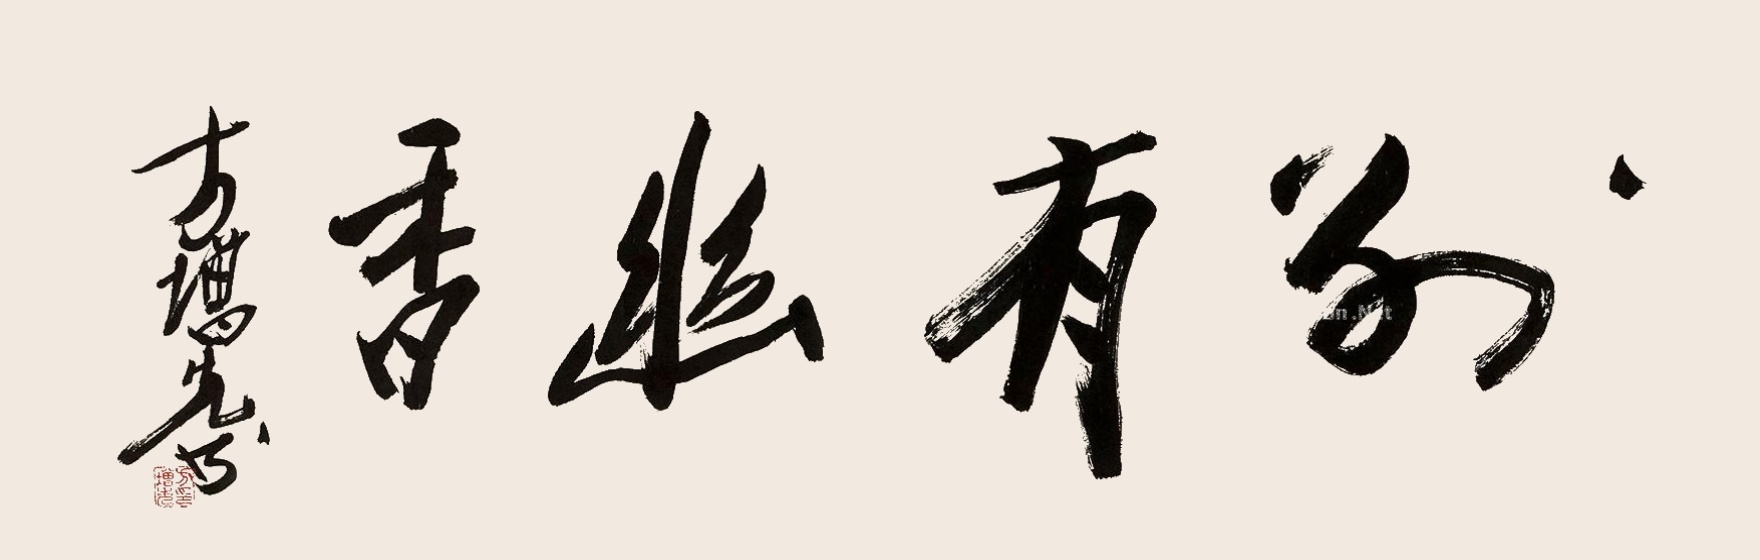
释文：别有幽香。方增先书。